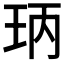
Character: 𤤝